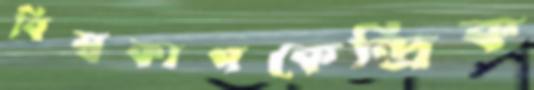
বিশ্বকাপকেন্দ্রিক